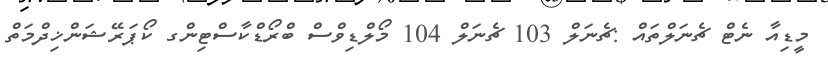
މީޑިއާ ނެޓް ޗެނަލްތައް :ޗެނަލް 103 ޗެނަލް 104 މޯލްޑިވްސް ބްރޯޑްކާސްޓިންގ ކޯޕަރޭޝަންޚިދްމަތް